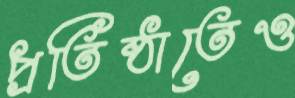
প্রতিষ্ঠাতেও